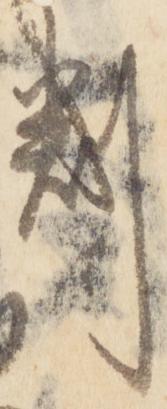
判